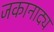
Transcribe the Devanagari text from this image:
जकानाद्य